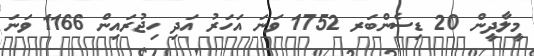
މީލާދީން 20 ޑިސެންބަރ 1752 ވަނަ އަހަރު އަދި ހިޖުރައިން 1166 ވަނަ